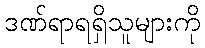
ဒဏ်ရာရရှိသူများကို